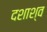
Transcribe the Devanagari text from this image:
दशाश्व